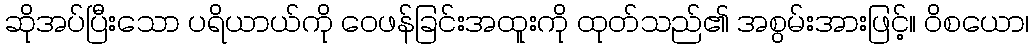
ဆိုအပ်ပြီးသော ပရိယာယ်ကို ဝေဖန်ခြင်းအထူးကို ထုတ်သည်၏ အစွမ်းအားဖြင့်။ ဝိစယော၊